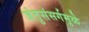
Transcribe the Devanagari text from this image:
जंतुसंसर्गमुळे